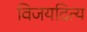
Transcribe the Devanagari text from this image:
विजयदित्य